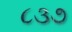
૮૩૭